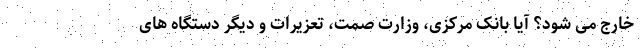
خارج می شود؟ آیا بانک مرکزی، وزارت صمت، تعزیرات و دیگر دستگاه های